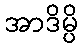
အာဒိမ္ပိ